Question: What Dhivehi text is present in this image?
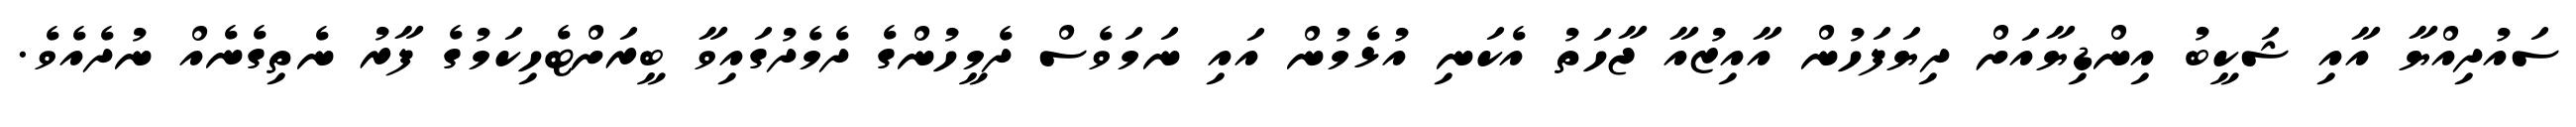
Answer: ސައުދިއްޔާ އާއި ޝަކީބު އިންޑިޔާއަށް ދިޔަފަހުން އާއިޒުއާ ޖާހަތު އެކަނި އުޅެމުން އައި ނަމަވެސް ދެމީހުންގެ ދެމެދުގައިވާ ބީރަށްޓެހިކަމުގެ ފާރު ނެތިގެނެއް ނުދެއެވެ.